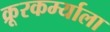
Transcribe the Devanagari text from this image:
क्रूरकर्म्याला